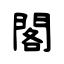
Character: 閣